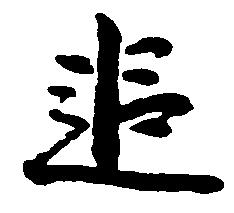
追